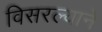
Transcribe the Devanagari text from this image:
विसरल्याने